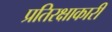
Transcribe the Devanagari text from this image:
प्रतिरक्षाकारी